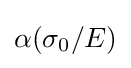
\alpha ({\sigma _{0}}/E)